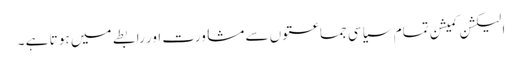
الیکشن کمیشن تمام سیاسی جماعتوں سے مشاورت اور رابطے میں ہو تا ہے ۔